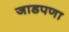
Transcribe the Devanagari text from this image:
जाडपणा